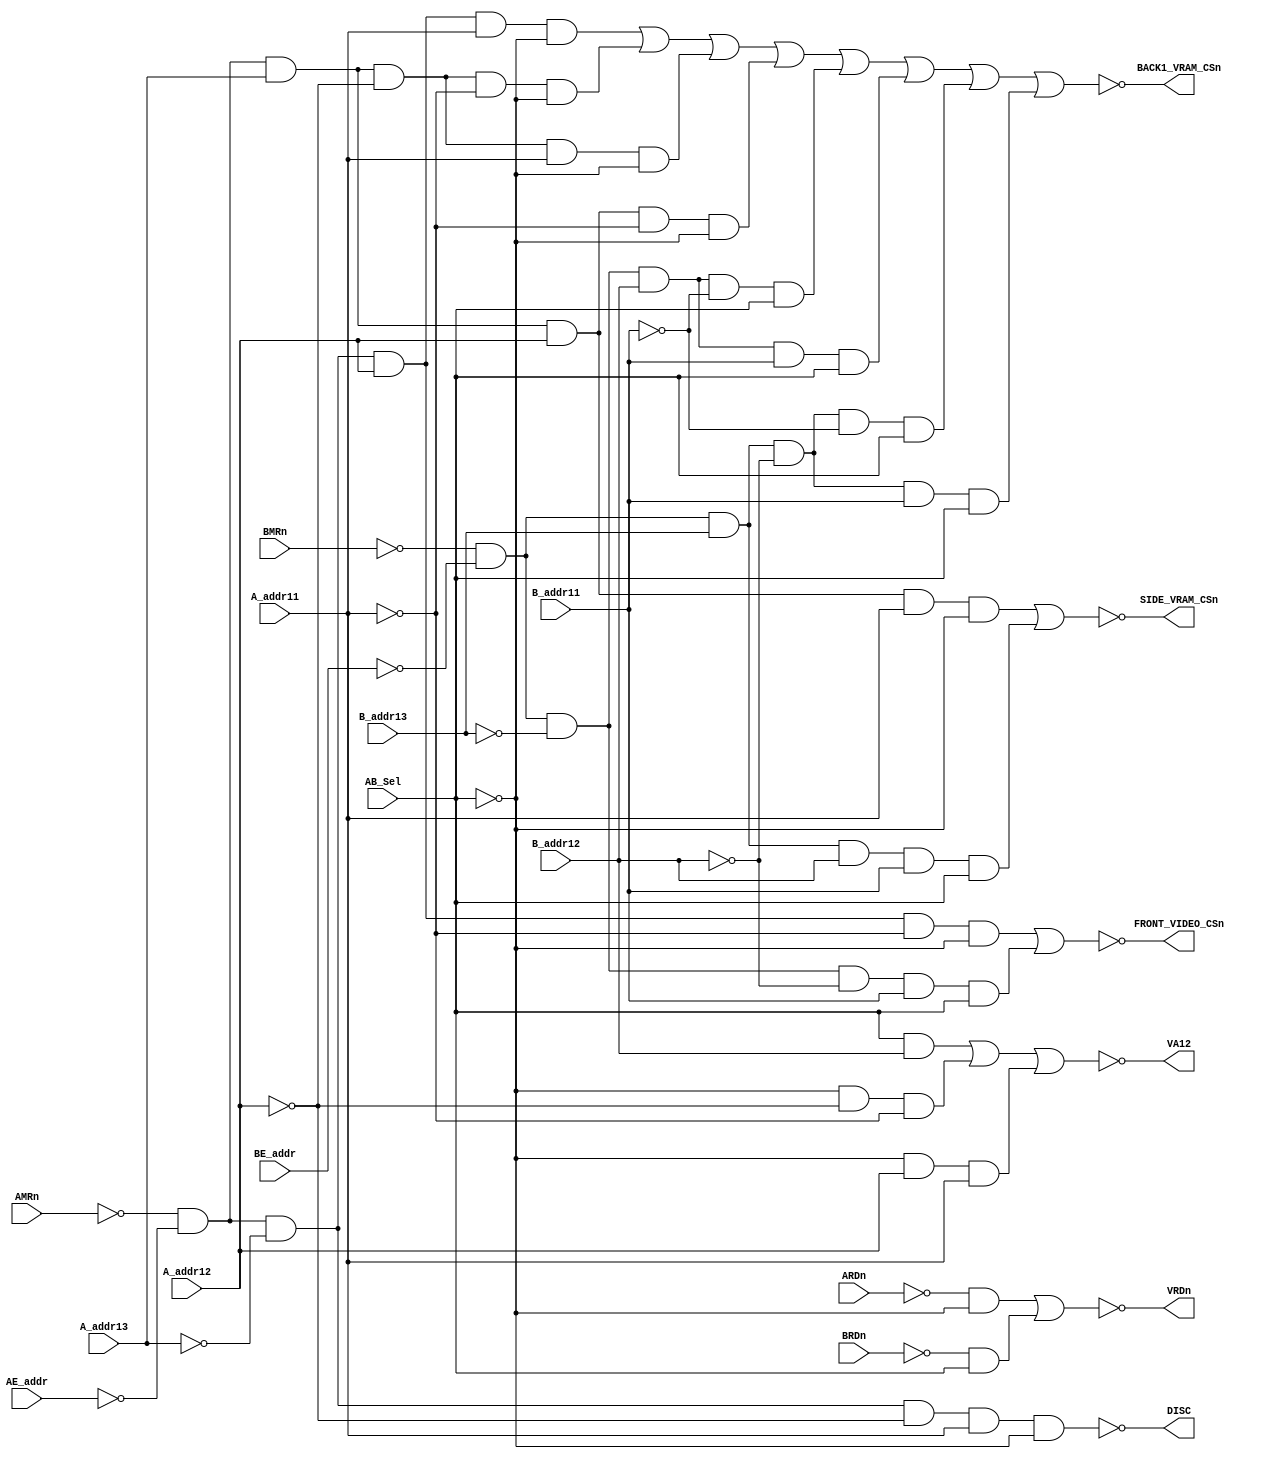
//Derived from ATHENA PAL
`default_nettype none
`timescale 1ns/10ps

module A6001_2 (
    //inputs
    input  wire  AMRn, //1
    input  wire  AE_addr, //2 
    input  wire  A_addr13, //3
    input  wire  A_addr12,  //4
    input  wire  A_addr11, //5
    input  wire  BMRn,     //6
    input  wire  BE_addr, //7
    input  wire  B_addr13, //8
    input  wire  B_addr12, //9 
    input  wire  B_addr11, //10
    input  wire  ARDn, //11
    input  wire  BRDn, //13
    input  wire  AB_Sel, //22
	output wire  VA12, //21
    output wire  FRONT_VIDEO_CSn, //14 FC
    output wire  VRDn, //17
    output wire  SIDE_VRAM_CSn, //19 SC
    output wire  DISC, //19 DISC
    output wire  BACK1_VRAM_CSn //23 B1C
);  
    //                1 1 1 1  1 | 1     |
    //Address:        5 4 3 2  1 | 0 9 8 | 7 6 5 4  3 2 1 0
    //16'hD000-D7FF   1 1 0 1  0 | x x x | x x x x  x x x x cpuA SHARED FRONT VIDEO RAM 2Kbytes
    //16'hC800-CFFF   1 1 0 0  1 | x x x | x x x x  x x x x cpuB SHARED RAM             2Kbytes
    assign  FRONT_VIDEO_CSn = ~((~AMRn & ~AE_addr & ~A_addr13 &  A_addr12 &  ~A_addr11 & ~AB_Sel ) |
                                (~BMRn & ~BE_addr & ~B_addr13 & ~B_addr12 &   B_addr11 &  AB_Sel )); //FIX

    assign  VRDn = ~((~ARDn & ~AB_Sel ) | (~BRDn &  AB_Sel ));

    //                1 1 1 1  1 | 1     |
    //Address:        5 4 3 2  1 | 0 9 8 | 7 6 5 4  3 2 1 0 
    //16'hF800-FFFF   1 1 1 1  1 | x x x | x x x x  x x x x SHARED SIDE_VIDEO_RAM cpuA 2Kbytes
    //16'hF800-FFFF   1 1 1 1  1 | x x x | x x x x  x x x x SHARED SIDE_VIDEO_RAM cpuB 2Kbytes
    //19
    assign  SIDE_VRAM_CSn = ~((~AMRn & ~AE_addr & A_addr13 & A_addr12 & A_addr11 & ~AB_Sel ) |
                              (~BMRn & ~BE_addr & B_addr13 & B_addr12 & B_addr11 &  AB_Sel ));

    //                1 1 1 1  1 | 1     |
    //Address:        5 4 3 2  1 | 0 9 8 | 7 6 5 4  3 2 1 0
    //16'hC800-CFFF   1 1 0 0  1 | x x x | x x x x  x x x x VIDEO ATTRIB. W, SPRITE AND BACKGROUND SCROLL REGISTERS, tile and tile palette bank cpuA
    assign  DISC = ~(~AMRn & ~AE_addr & ~A_addr13 & ~A_addr12 &  A_addr11 & ~AB_Sel );

    //                1 1  1 1  1 | 1     |
    //Address:        5 4  3 2  1 | 0 9 8 | 7 6 5 4  3 2 1 0
    //16'hD800-DFFF   1 1  0 1  1 | x x x | x x x x  x x x x BACK1 VIDEO RAM BANK cpuA
	//16'hE000-E7FF   1 1  1 0  0 | x x x | x x x x  x x x x BACK1 VIDEO RAM BANK cpuA
	//16'hE800-EFFF   1 1  1 0  1 | x x x | x x x x  x x x x BACK1 VIDEO RAM BANK cpuA
	//16'hF000-F7FF   1 1  1 1  0 | x x x | x x x x  x x x x BACK1 VIDEO RAM BANK cpuA
	//
    //16'hD000-D7FF   1 1  0 1  0 | x x x | x x x x  x x x x BACK1 VIDEO RAM BANK cpuB
    //16'hD800-DFFF   1 1  0 1  1 | x x x | x x x x  x x x x BACK1 VIDEO RAM BANK cpuB
	//16'hE000-E7FF   1 1  1 0  0 | x x x | x x x x  x x x x BACK1 VIDEO RAM BANK cpuB
	//16'hE800-EFFF   1 1  1 0  1 | x x x | x x x x  x x x x BACK1 VIDEO RAM BANK cpuB
    assign  BACK1_VRAM_CSn = ~((~AMRn & ~AE_addr & ~A_addr13 &  A_addr12 &  A_addr11 & ~AB_Sel ) |
	                           (~AMRn & ~AE_addr &  A_addr13 & ~A_addr12 & ~A_addr11 & ~AB_Sel ) |
							   (~AMRn & ~AE_addr &  A_addr13 & ~A_addr12 &  A_addr11 & ~AB_Sel ) |
							   (~AMRn & ~AE_addr &  A_addr13 &  A_addr12 & ~A_addr11 & ~AB_Sel ) |

                               (~BMRn & ~BE_addr & ~B_addr13 &  B_addr12 & ~B_addr11 &  AB_Sel ) |
							   (~BMRn & ~BE_addr & ~B_addr13 &  B_addr12 &  B_addr11 &  AB_Sel ) |
							   (~BMRn & ~BE_addr &  B_addr13 & ~B_addr12 & ~B_addr11 &  AB_Sel ) |
	                           (~BMRn & ~BE_addr &  B_addr13 & ~B_addr12 &  B_addr11 &  AB_Sel ));

    //Based on Athena A6001-2 equations
    assign VA12 = ~(( AB_Sel &  B_addr12            ) |
                    (~AB_Sel & ~A_addr12 & ~A_addr11) |
                    (~AB_Sel &  A_addr12 &  A_addr11));
endmodule